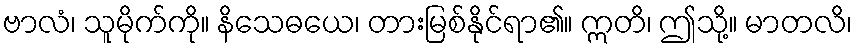
ဗာလံ၊ သူမိုက်ကို။ နိသေဓယေ၊ တားမြစ်နိုင်ရာ၏။ ဣတိ၊ ဤသို့။ မာတလိ၊